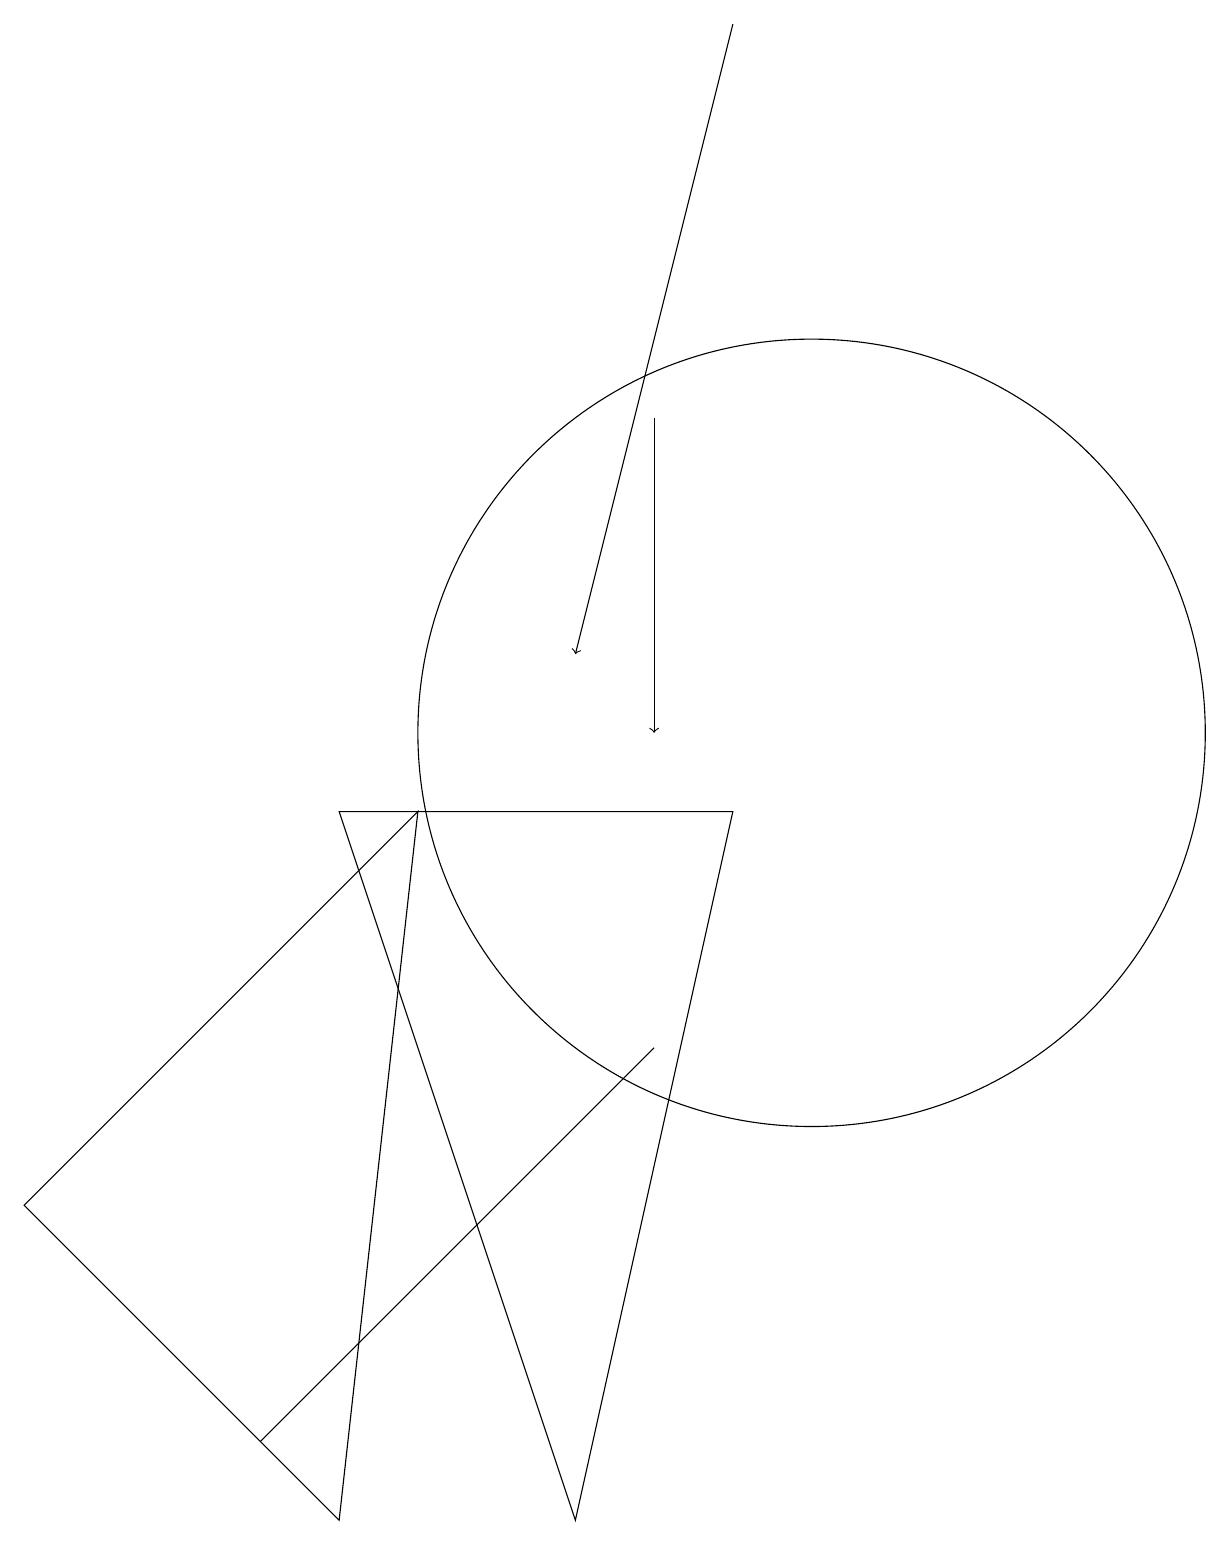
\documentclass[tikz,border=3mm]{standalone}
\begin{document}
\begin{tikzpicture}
\draw (4,9) -- (7,0) -- (9,9) -- cycle;
\draw (10,10) circle (5);
\draw[->] (9,19) -- (7,11);
\draw (7,5) -- (8,6) -- (3,1) -- cycle;
\draw (5,9) -- (0,4) -- (4,0) -- cycle;
\draw[->] (8,14) -- (8,10);
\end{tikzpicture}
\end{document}